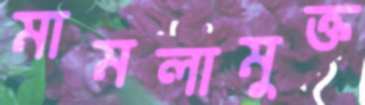
মামলামুক্ত